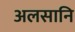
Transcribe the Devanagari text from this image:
अलसानि